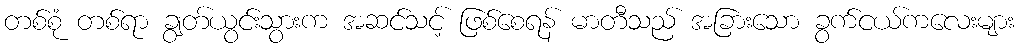
တစ်စုံ တစ်ရာ ချွတ်ယွင်းသွားက အဆင်သင့် ဖြစ်စေရန် မာတီသည် အခြားသော ခွက်ငယ်ကလေးများ